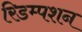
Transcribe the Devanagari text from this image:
रिडम्‍पशन